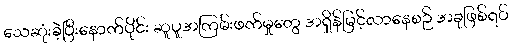
သေဆုံးခဲ့ပြီးနောက်ပိုင်း ဆူပူအကြမ်းဖက်မှုတွေ အရှိန်မြင့်လာနေစဉ် အခုဖြစ်ရပ်